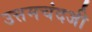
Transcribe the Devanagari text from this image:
उत्तमचंदजी